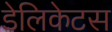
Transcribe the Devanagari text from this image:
डेलिकेटस